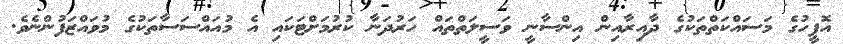
އޮފީހުގެ މަސައްކަތްތަކުގެ ދާއިރާއިން އިންސާނީ ވަސީލަތްތައް ހަރުދަނާ ކުރުމަށްޓަކައި އެ މުއައްސަސާތަކުގެ މުވައްޒަފުންނެވެ.